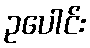
ဥပေါင်း